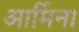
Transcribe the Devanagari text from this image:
आर्मिना